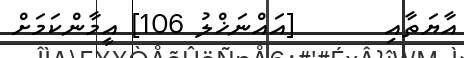
އާޔަތާއި       [އައްނަޚްލު 106] އީމާންކަމަށް